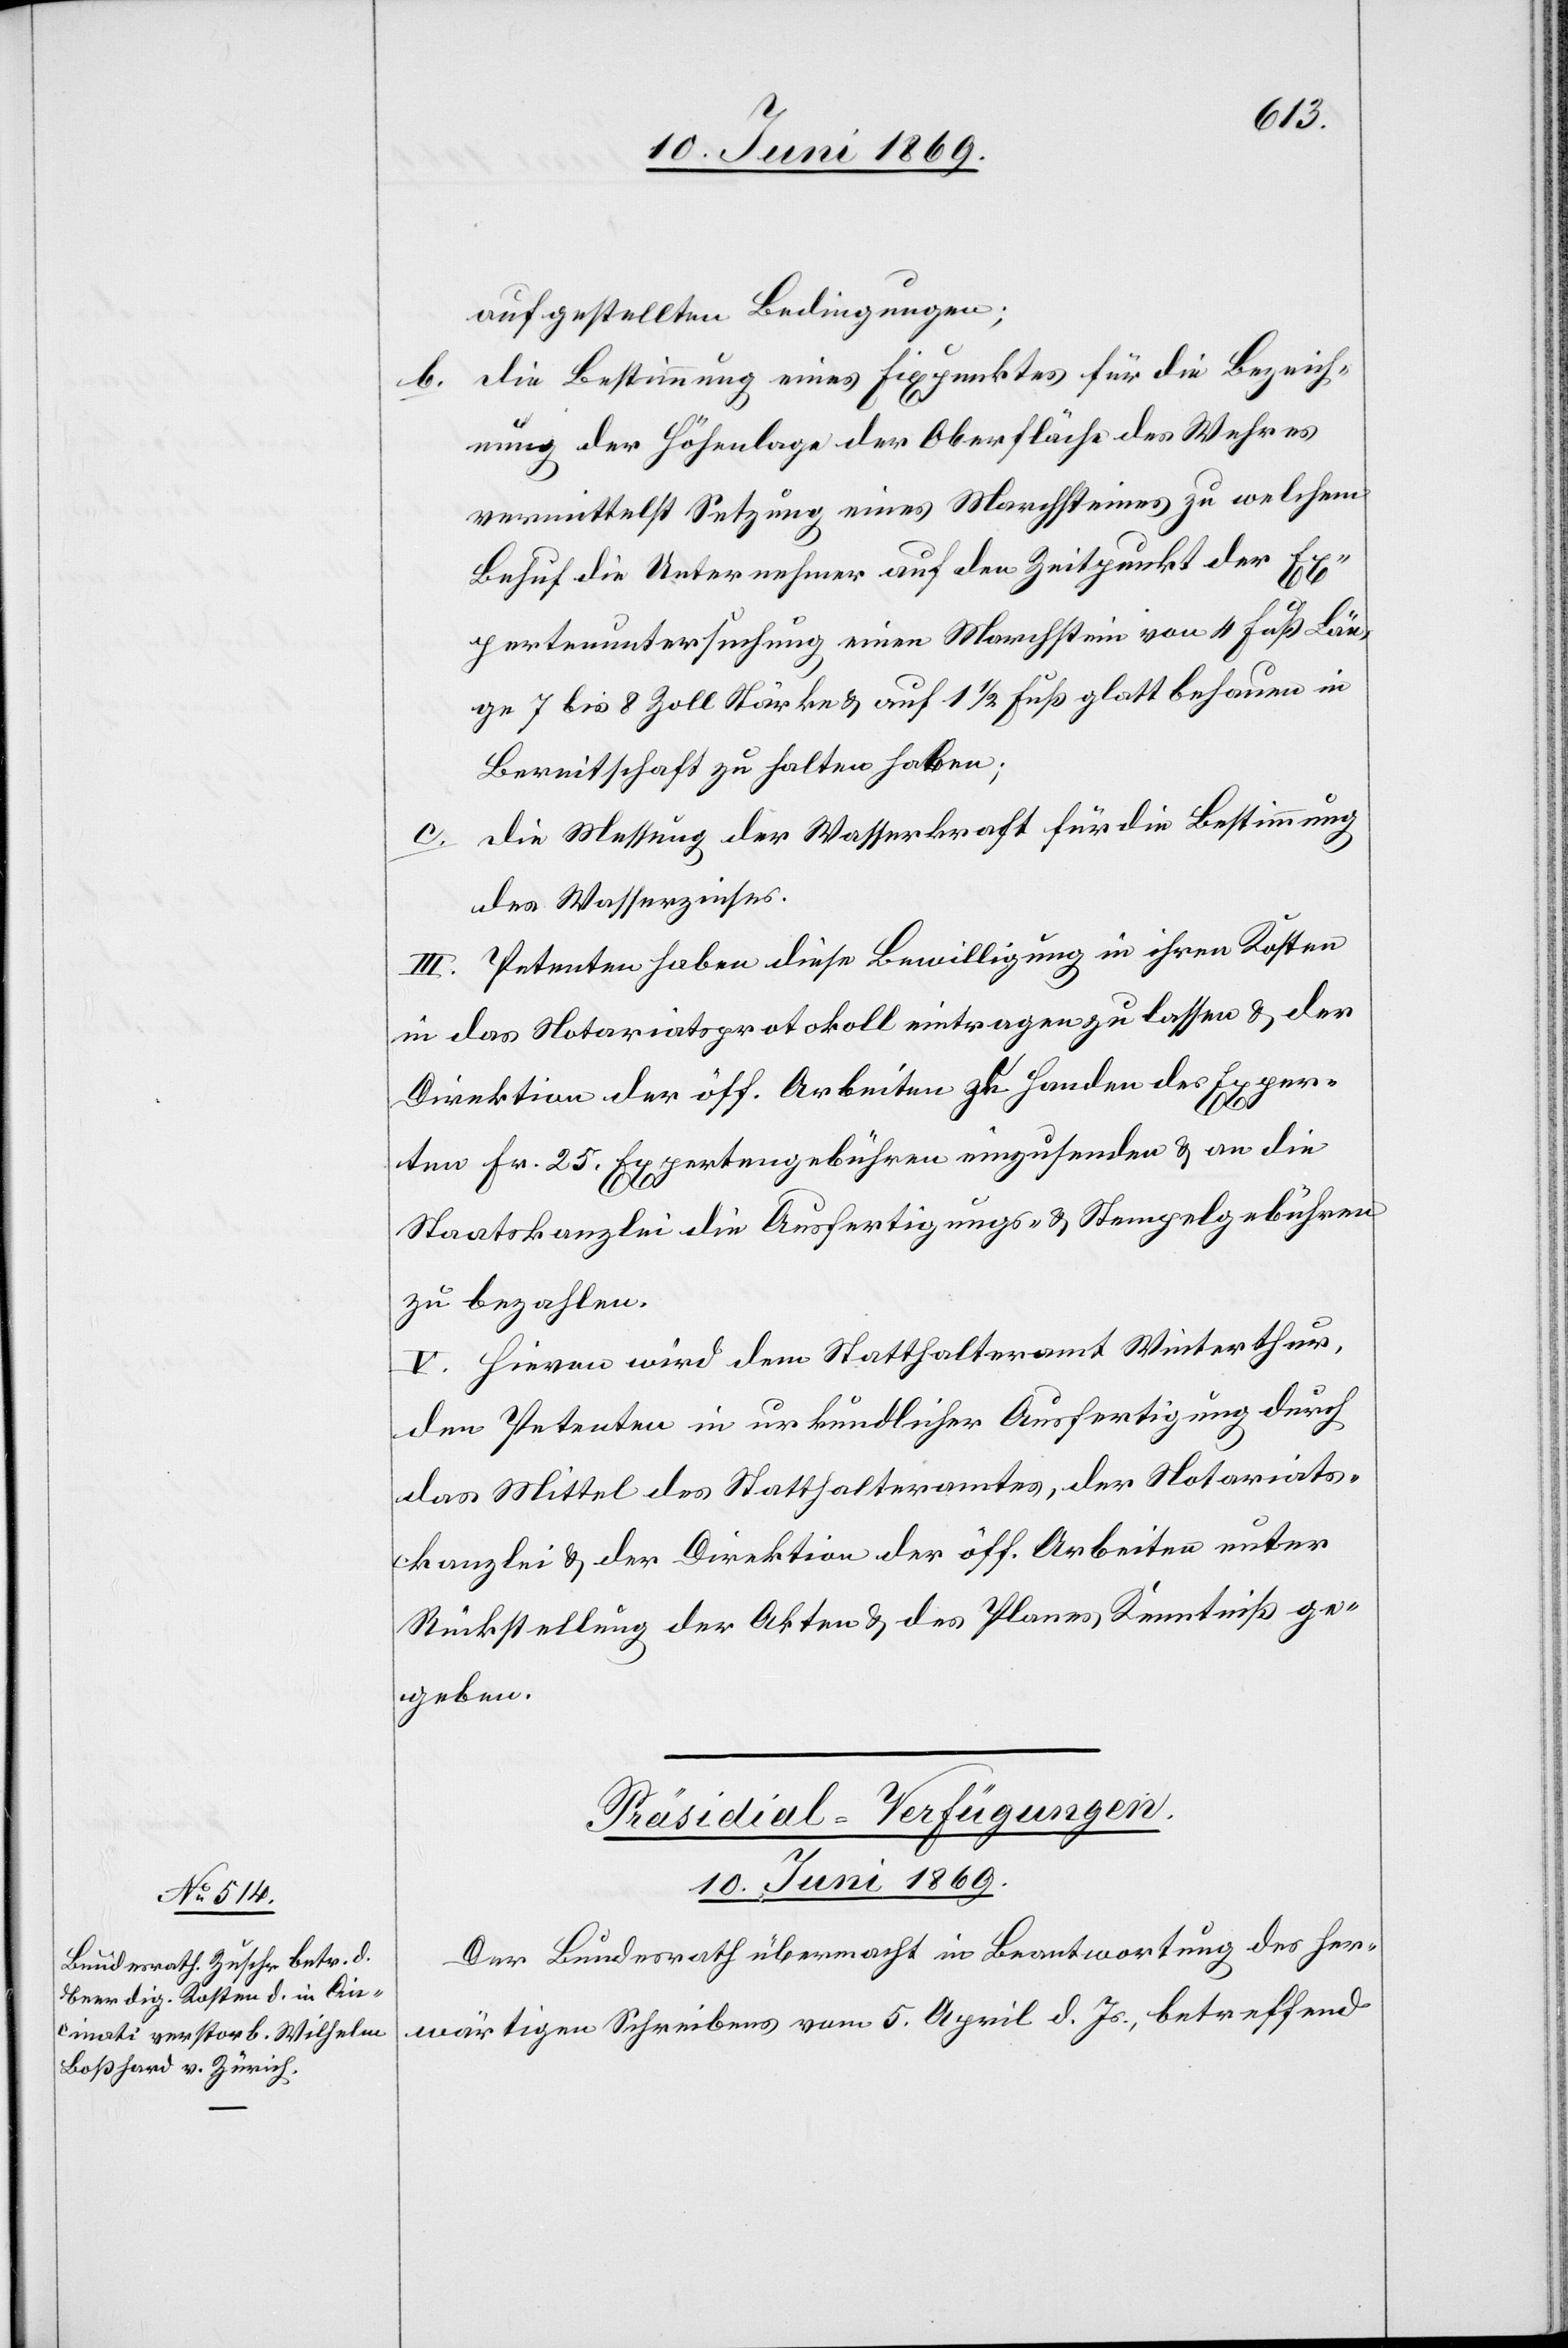
b.

aufgestellte Bedingungen;
die Bestimmung eines Fixpunktes für die Bezeich¬
nung der Höhenlage der Oberfläche des Wehres
vermittelst Setzung eines Marchsteines zu welchem
Behuf die Unternehmer auf den Zeitpunkt der Ex¬
pertenuntersuchung einen Marchstein von 4 Fuß Län¬
ge 7 bis 8 Zoll Stärke u. auf 1 1/2 Fuß glatt behauen in
Bereitschaft zu halten haben;
c. die Messung der Wasserkraft für die Bestimmung
des Wasserzinses.
III. Petenten haben diese Bewilligung in ihren Kosten
in das Notariatsprotokoll eintragen zu lassen u. der
Direktion der öff. Arbeiten zu Handen des Exper¬
ten Fr. 25 Expertengebühren einzusenden u. an die
Staatskanzlei die Ausfertigungs- u. Stempelgebühren
zu bezahlen.
V. Hievon wird dem Statthalteramt Winterthur,
den Petenten in urkundlicher Ausfertigung durch
das Mittel des Statthalteramt, der Notariats¬
kanzlei u. der Direktion der öff. Arbeiten unter
Rückstellung der Akten u. des Planes Kenntniß zu
geben.
Präsidial-Verfügungen.
10. Juni 1869.
Der Bundesrath übermacht in Beantwortung des her¬
wärtigen Schreibens vom 5. April d. Js., betreffend